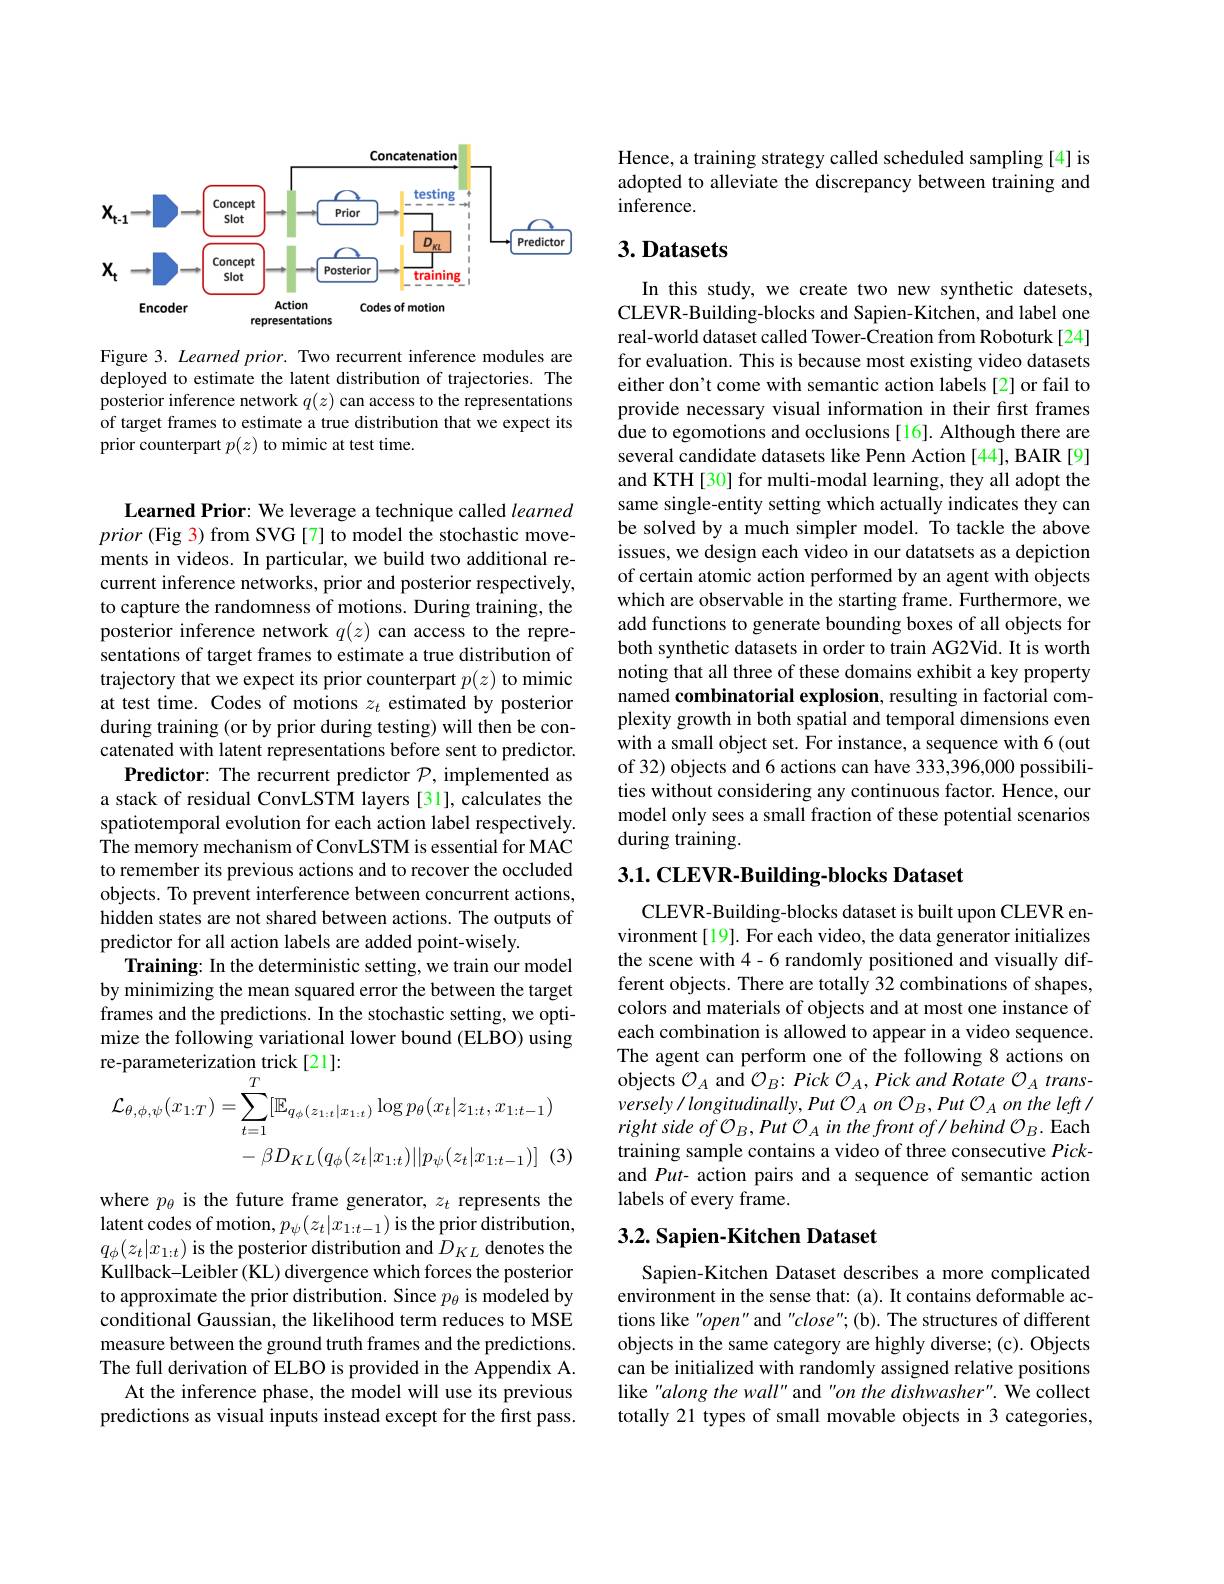
<FigureHere>

Figure 3. Learned prior. Two recurrent inference modules are deployed to estimate the latent distribution of trajectories. The posterior inference network $q(z)$ can access to the representations of target frames to estimate a true distribution that we expect its prior counterpart $p(z)$ to mimic at test time.

Learned Prior: We leverage a technique called learned prior (Fig 3) from SVG[7] to model the stochastic movements in videos. In particular, we build two additional recurrent inference networks, prior and posterior respectively, to capture the randomness of motions. During training, the posterior inference network $q(z)$ can access to the representations of target frames to estimate a true distribution of trajectory that we expect its prior counterpart $p(z)$ to mimic at test time. Codes of motions $z_t$ estimated by posterior during training (or by prior during testing) will then be concatenated with latent representations before sent to predictor.
Predictor: The recurrent predictor $\mathcal{P}$, implemented as a stack of residual ConvLSTM layers [31], calculates the spatiotemporal evolution for each action label respectively. The memory mechanism of ConvLSTM is essential for MAC to remember its previous actions and to recover the occluded objects. To prevent interference between concurrent actions, hidden states are not shared between actions. The outputs of predictor for all action labels are added point-wisely.
Training: In the deterministic setting, we train our model by minimizing the mean squared error the between the target frames and the predictions. In the stochastic setting, we optimize the following variational lower bound (ELBO) using
$$\begin{aligned}\text{le-paranetenizauon ulck [21].}\\\mathcal{L}_{\theta,\phi,\psi}(x_{1:T})&=\sum_{t=1}^{T}[\mathbb{E}_{q_{\phi}(z_{1:t}|x_{1:t})}\log p_{\theta}(x_{t}|z_{1:t},x_{1:t-1})\\&-\:\beta D_{KL}(q_{\phi}(z_{t}|x_{1:t})||p_{\psi}(z_{t}|x_{1:t-1})]\:(3\end{aligned}$$
where $p_\theta$ is the future frame generator, $z_t$ represents the latent codes of motion, $p_\psi(z_t|x_{1:t-1})$ is the prior distribution, $q_\phi(z_t|x_{1:t})$ is the posterior distribution and $D_KL$ denotes the Kullback-Leibler (KL) divergence which forces the posterior to approximate the prior distribution. Since $p_\theta$ is modeled by conditional Gaussian, the likelihood term reduces to MSE measure between the ground truth frames and the predictions. The full derivation of ELBO is provided in the Appendix A.
At the inference phase, the model will use its previous predictions as visual inputs instead except for the first pass.

Hence, a training strategy called scheduled sampling [4] is adopted to alleviate the discrepancy between training and inference.

## $3. \textbf{Datasets}$

In this study, we create two new synthetic datesets, CLEVR-Building-blocks and Sapien-Kitchen, and label one real-world dataset called Tower-Creation from Roboturk[24] for evaluation. This is because most existing video datasets either don't come with semantic action labels [2] or fail to provide necessary visual information in their first frames due to egomotions and occlusions[16]. Although there are several candidate datasets like Penn Action [44], BAIR [9] and KTH [30] for multi-modal learning, they all adopt the same single-entity setting which actually indicates they can be solved by a much simpler model. To tackle the above issues, we design each video in our datatsets as a depiction of certain atomic action performed by an agent with objects which are observable in the starting frame. Furthermore, we add functions to generate bounding boxes of all objects for both synthetic datasets in order to train AG2Vid. It is worth noting that all three of these domains exhibit a key property named combinatorial explosion, resulting in factorial complexity growth in both spatial and temporal dimensions even with a small object set. For instance, a sequence with 6(out of 32) objects and 6 actions can have 333,396,000 possibilities without considering any continuous factor. Hence, our model only sees a small fraction of these potential scenarios during training.

## 3.1. CLEVR-Building-blocks Dataset

CLEVR-Building-blocks dataset is built upon CLEVR environment [19]. For each video, the data generator initializes the scene with 4-6 randomly positioned and visually different objects. There are totally 32 combinations of shapes, colors and materials of objects and at most one instance of each combination is allowed to appear in a video sequence. The agent can perform one of the following 8 actions on objects $\mathcal{O}_A$ and $\mathcal{O}_B:Pick$ $\mathcal{O}_A$, Pick and Rotate $\mathcal{O}_A$ trans- $versely/ longitudinally, Put$ $\mathcal{O} _{A}$ on $\mathcal{O} _B, Put$ $\mathcal{O} _{A}$ on the left/ right side $of$ ${\mathcal{O} }_{B}, Put$ ${\mathcal{O} }_{A}$ $in$ the front $of/ behind$ ${\mathcal{O} }_{B}.$Each training sample contains a video of three consecutive Pickand Put- action pairs and a sequence of semantic action labels of every frame.

## 3.2. Sapien-Kitchen Dataset

Sapien-Kitchen Dataset describes a more complicated environment in the sense that: (a). It contains deformable actions like "open" and "close"(b). The structures of different objects in the same category are highly diverse; (c). Objects can be initialized with randomly assigned relative positions like "along the wall" and "on the dishwasher". We collect totally 21 types of small movable objects in 3 categories,